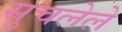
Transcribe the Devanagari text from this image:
सुचलेले